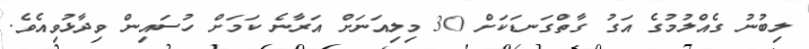
ލިބުނު ގެއްލުމުގެ އަގު ގާތްގަނޑަކަށް 30 މިލިއަނަށް އަރާނެ ކަމަށް ހުސައިން ވިދާޅުވިއެވެ.